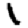
Digit: 1